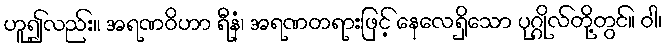
ဟူ၍လည်း။ အရဏဝိဟာ ရီနံ၊ အရဏတရားဖြင့် နေလေရှိသော ပုဂ္ဂိုလ်တို့တွင်။ ဝါ၊